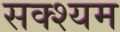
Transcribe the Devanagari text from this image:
सक्श्यम